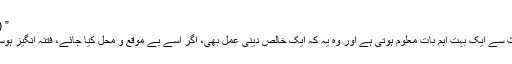
” (بخاری)
اس حدیث سے ایک بہت اہم بات معلوم ہوتی ہے اور وہ یہ کہ ایک خالص دینی عمل بھی، اگر اسے بے موقع و محل کیا جائے، فتنہ انگیز ہوسکتا ہے۔